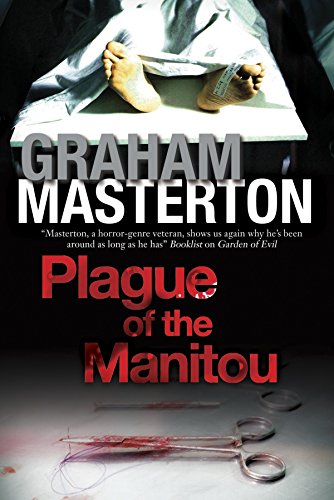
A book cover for Plague of the Manitou: A 'Manitou' Horror Novel (Harry Erksine); Graham Masterton; Literature & Fiction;